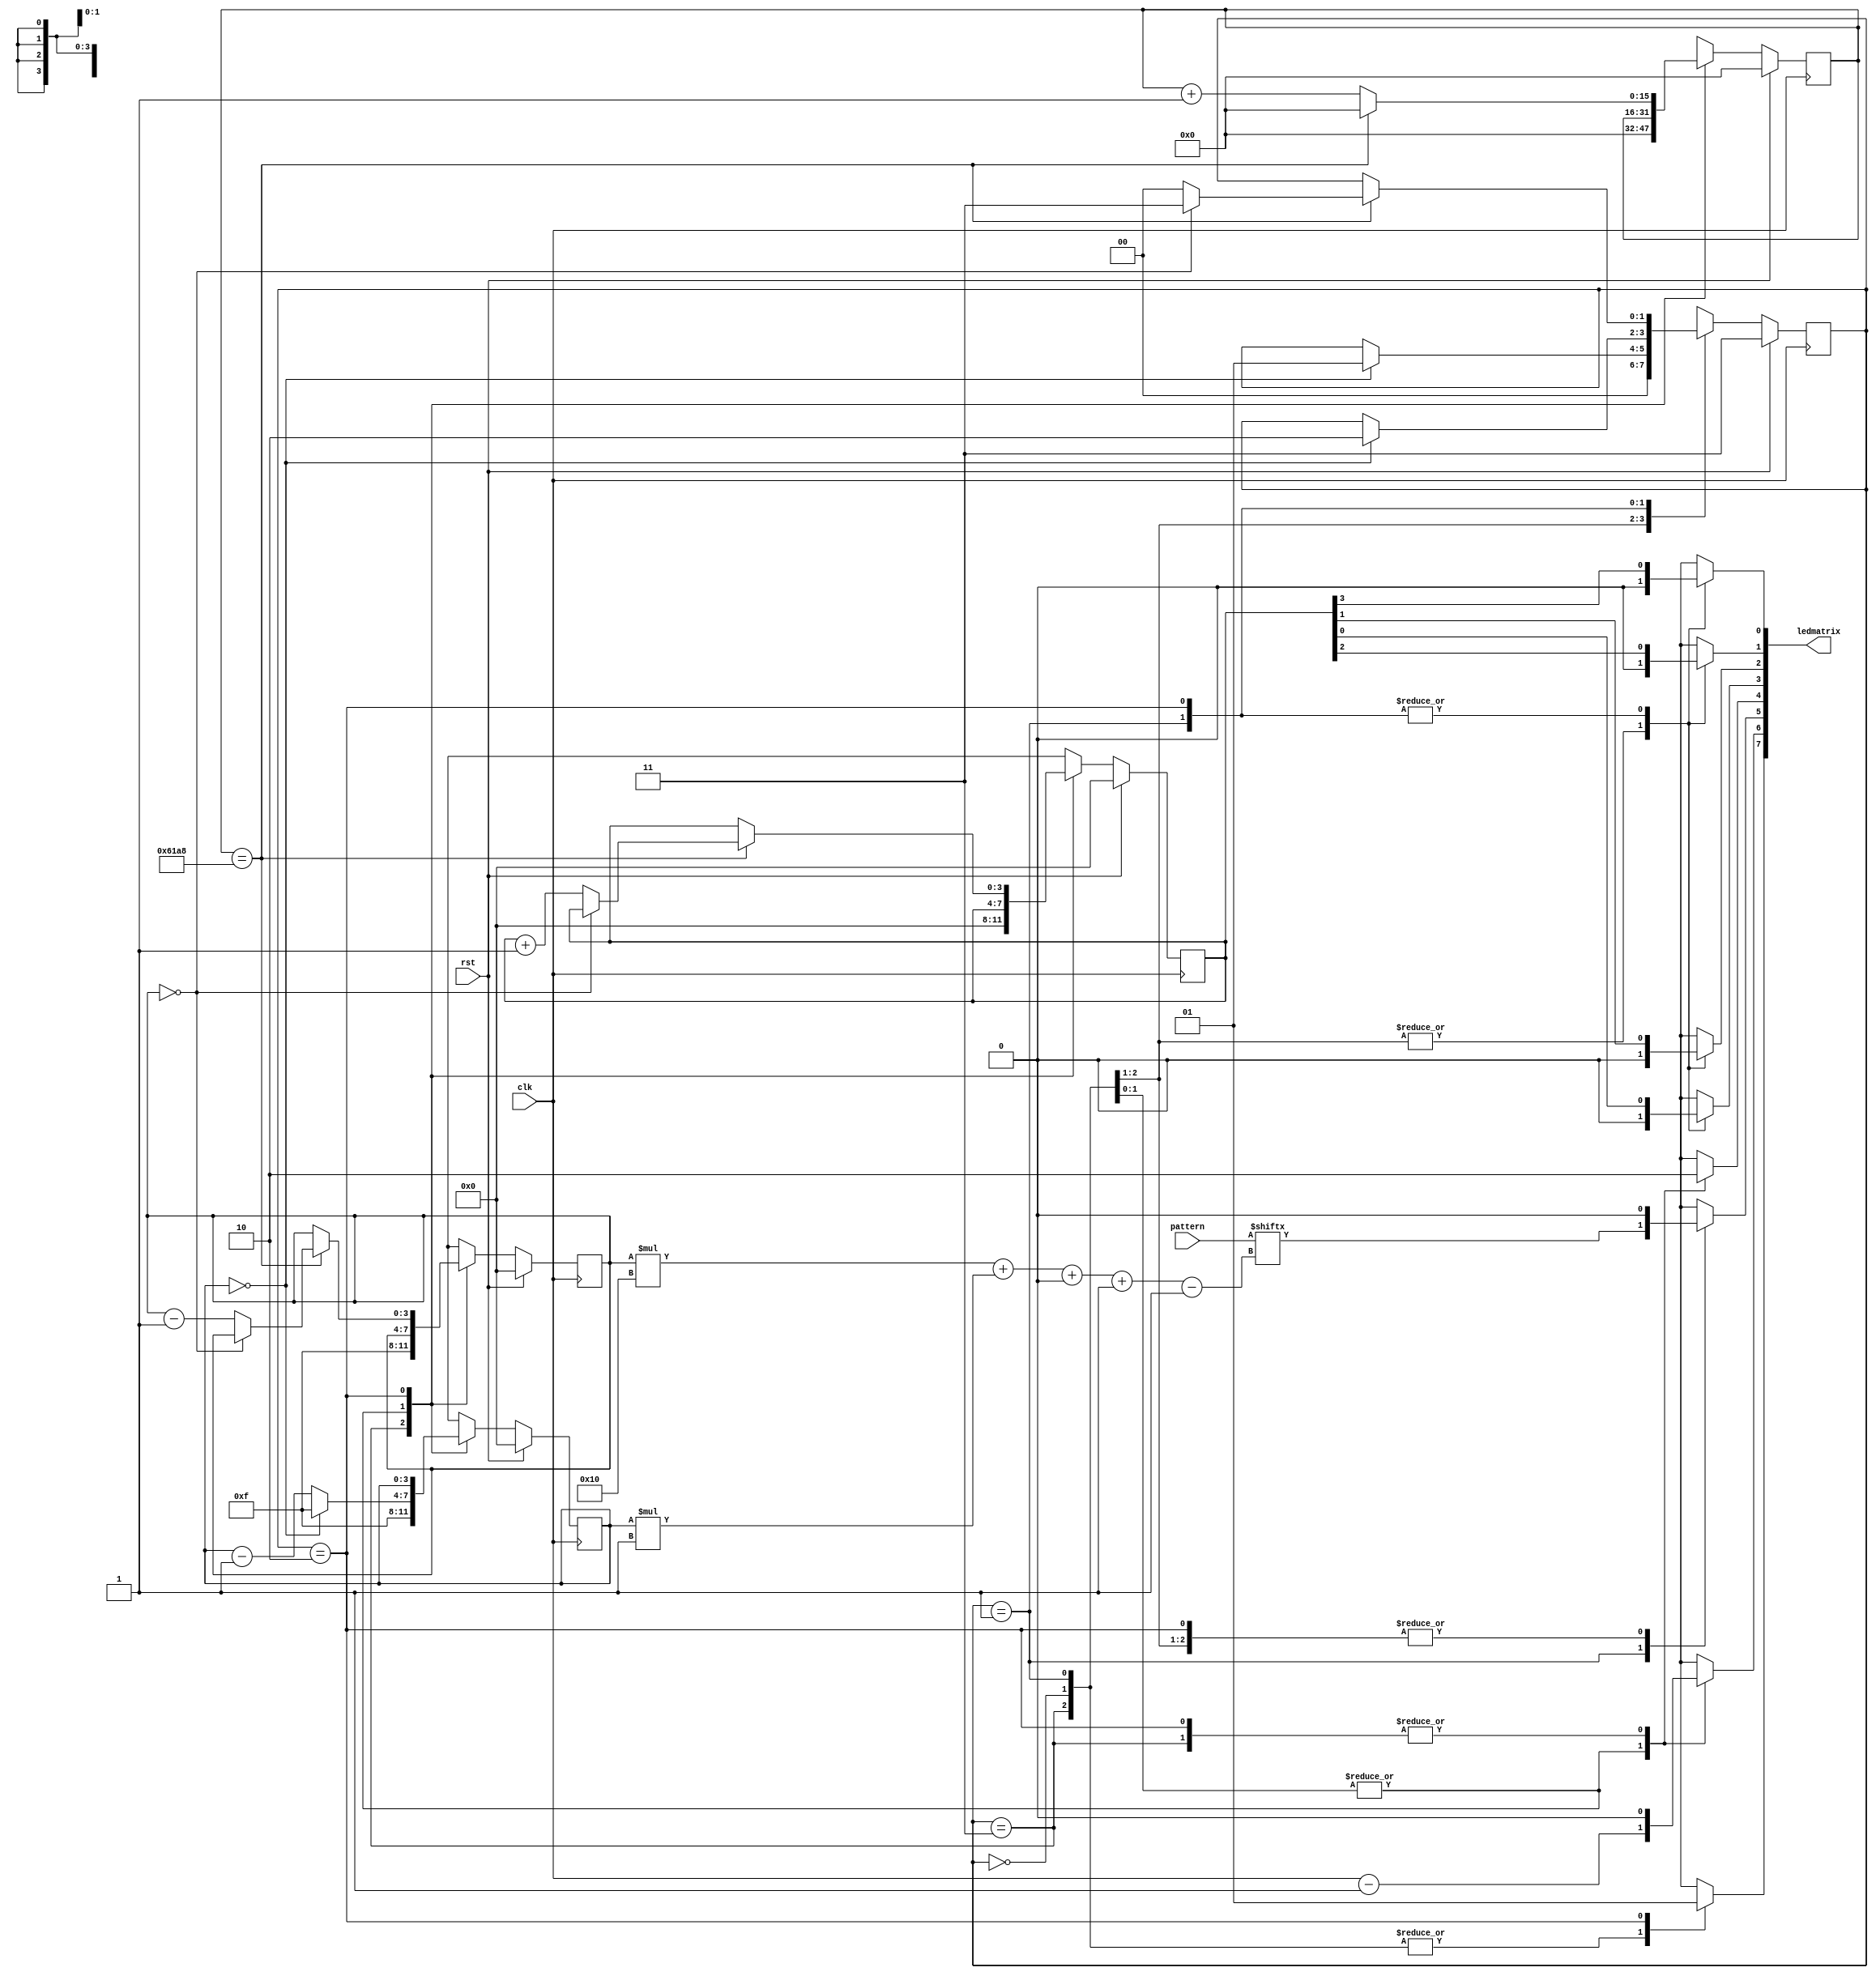
/*
   This file was generated automatically by the Mojo IDE version B1.3.5.
   Do not edit this file directly. Instead edit the original Lucid source.
   This is a temporary file and any changes made to it will be destroyed.
*/

module display_2 (
    input clk,
    input rst,
    input [255:0] pattern,
    output reg [7:0] ledmatrix
  );
  
  
  
  localparam ONE_state = 2'd0;
  localparam TWO_state = 2'd1;
  localparam THREE_state = 2'd2;
  localparam START_state = 2'd3;
  
  reg [1:0] M_state_d, M_state_q = START_state;
  reg [3:0] M_i_d, M_i_q = 1'h0;
  reg [3:0] M_j_d, M_j_q = 1'h0;
  reg [3:0] M_k_d, M_k_q = 1'h0;
  reg [15:0] M_time_d, M_time_q = 1'h0;
  
  always @* begin
    M_state_d = M_state_q;
    M_time_d = M_time_q;
    M_j_d = M_j_q;
    M_k_d = M_k_q;
    M_i_d = M_i_q;
    
    ledmatrix = 8'h00;
    
    case (M_state_q)
      START_state: begin
        M_i_d = 4'hf;
        M_j_d = 4'hf;
        M_k_d = 1'h0;
        M_time_d = 1'h0;
        M_state_d = ONE_state;
      end
      ONE_state: begin
        ledmatrix[4+0-:1] = 1'h1;
        ledmatrix[7+0-:1] = 1'h0;
        ledmatrix[5+0-:1] = 1'h0;
        ledmatrix[6+0-:1] = clk - 1'h1;
        if (M_j_q == 1'h0) begin
          M_state_d = TWO_state;
          M_j_d = 4'hf;
        end else begin
          M_j_d = M_j_q - 1'h1;
        end
      end
      TWO_state: begin
        ledmatrix[3+0-:1] = M_k_q[0+0-:1];
        ledmatrix[2+0-:1] = M_k_q[1+0-:1];
        ledmatrix[1+0-:1] = M_k_q[2+0-:1];
        ledmatrix[0+0-:1] = M_k_q[3+0-:1];
        ledmatrix[4+0-:1] = 1'h1;
        ledmatrix[7+0-:1] = 1'h0;
        ledmatrix[5+0-:1] = pattern[(M_i_q)*16+(M_j_q)*1+0-:1];
        ledmatrix[6+0-:1] = clk - 1'h1;
        if (M_j_q == 1'h0) begin
          M_state_d = THREE_state;
          M_j_d = 4'hf;
        end else begin
          M_j_d = M_j_q - 1'h1;
        end
      end
      THREE_state: begin
        ledmatrix[3+0-:1] = M_k_q[0+0-:1];
        ledmatrix[2+0-:1] = M_k_q[1+0-:1];
        ledmatrix[1+0-:1] = M_k_q[2+0-:1];
        ledmatrix[0+0-:1] = M_k_q[3+0-:1];
        ledmatrix[4+0-:1] = 1'h0;
        ledmatrix[7+0-:1] = 1'h1;
        M_time_d = M_time_q + 1'h1;
        if (M_time_q == 16'h61a8) begin
          M_time_d = 1'h0;
          if (M_i_q == 1'h0) begin
            M_state_d = START_state;
          end else begin
            M_i_d = M_i_q - 1'h1;
            M_k_d = M_k_q + 1'h1;
            M_state_d = ONE_state;
          end
        end
      end
    endcase
  end
  
  always @(posedge clk) begin
    if (rst == 1'b1) begin
      M_i_q <= 1'h0;
      M_j_q <= 1'h0;
      M_k_q <= 1'h0;
      M_time_q <= 1'h0;
    end else begin
      M_i_q <= M_i_d;
      M_j_q <= M_j_d;
      M_k_q <= M_k_d;
      M_time_q <= M_time_d;
    end
  end
  
  
  always @(posedge clk) begin
    if (rst == 1'b1) begin
      M_state_q <= 2'h3;
    end else begin
      M_state_q <= M_state_d;
    end
  end
  
endmodule